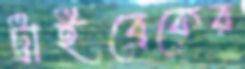
ট্রাইব্রেকের